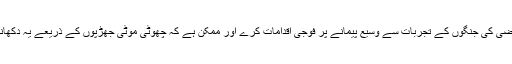
ان حالات میں ایسا محسوس نہيں ہوتا کہ صیہونی حکومت غزہ کی ماضی کی جنگوں کے تجربات سے وسیع پیمانے پر فوجی اقدامات کرے اور ممکن ہے کہ چھوٹی موٹی جھڑپوں کے ذریعے یہ دکھانے کی کوشش کرے کہ داخلی سیکورٹی پوری طرح کنٹرول میں ہے۔